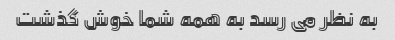
به نظر می رسد به همه شما خوش گذشت